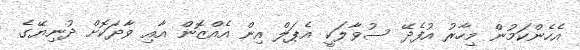
އެހެންކަމުން މިހާރު އުފެދޭ ސުވާލަކީ އެޕަލް އިން އެއްޒޮން އާއި ވާދަކޮށް ދުނިޔޭގެ